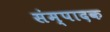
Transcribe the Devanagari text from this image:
संम्पादक